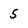
Character: 5